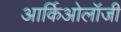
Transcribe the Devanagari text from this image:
आर्किओलॉजी